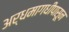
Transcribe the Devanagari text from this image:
अर्धमागधीपासून